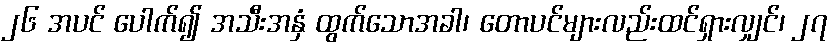
၂၆ အပင် ပေါက်၍ အသီးအနှံ ထွက်သောအခါ၊ တောပင်များလည်းထင်ရှားလျှင်၊ ၂၇